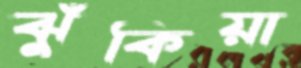
ঝুঁকিয়া